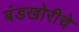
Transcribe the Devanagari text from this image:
बंडखोरीचे